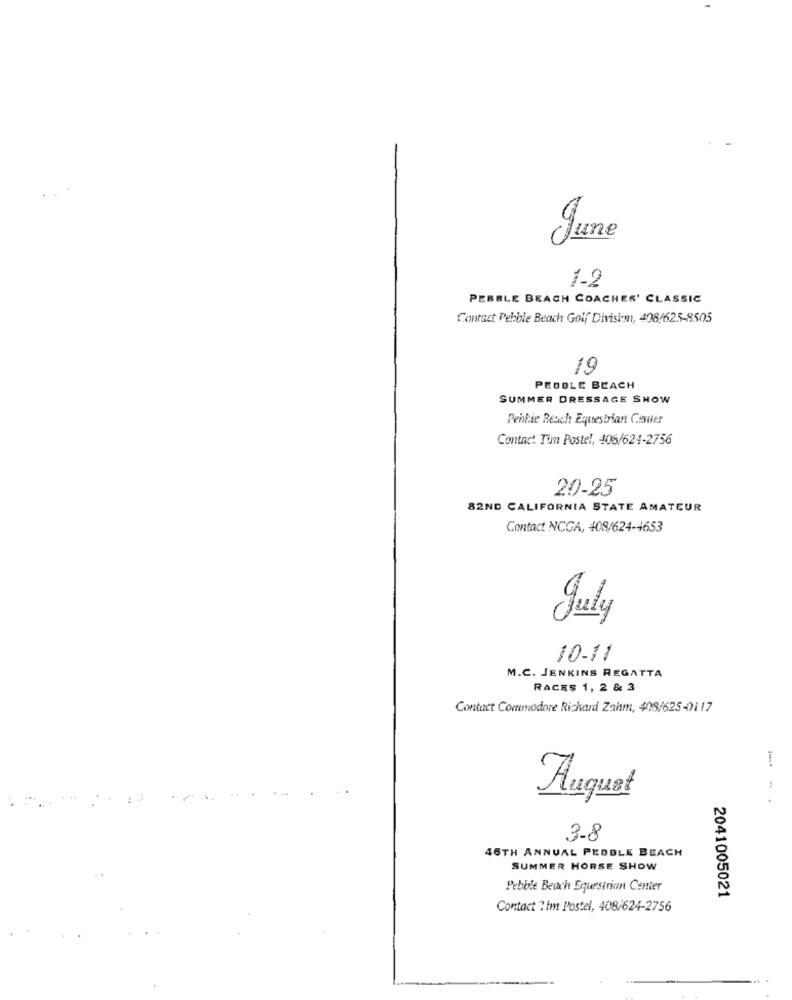
June
1-2
PEBBLE BEACH COACHES' CLASSIC
Contact Pebble Beach Golf Divisim, 4084625-8505
19
PEBBLE BEACH
SUMMER DRESSAGE SHOW
Penie Reach Equestrian Center
Contact Tim Postel, 408/624-2756
20-25
82ND CALIFORNIA STATE AMATEUR
Contact NCGA, 408/624-4653
July
10.11
M.C. JENKINS REGATTA
RACES 1, 2 & 3
Contact Commodore Richard Zahm, 408/625-0117
August
3-8
46TH ANNUAL PEBBLE BEACH
SUMMER HORSE SHOW
Pebble Beach Equestrian Center
2041005021
Contact 2 im Postel, 408/624-2756